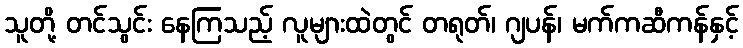
သူတို့ တင်သွင်း နေကြသည့် လူများထဲတွင် တရုတ်၊ ဂျပန်၊ မက်ကဆီကန်နှင့်